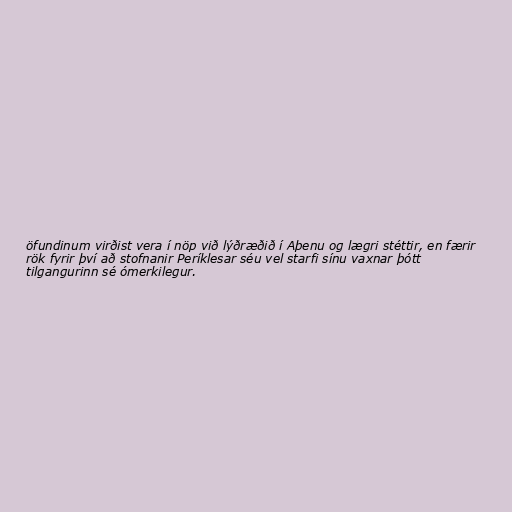
öfundinum virðist vera í nöp við lýðræðið í Aþenu og lægri stéttir, en færir
rök fyrir því að stofnanir Períklesar séu vel starfi sínu vaxnar þótt
tilgangurinn sé ómerkilegur.